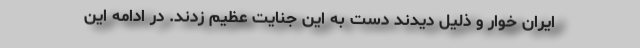
ایران خوار و ذلیل دیدند دست به این جنایت عظیم زدند. در ادامه این